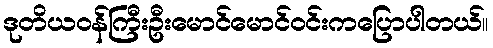
ဒုတိယဝန်ကြီးဦးမောင်မောင်ဝင်းကပြောပါတယ်။